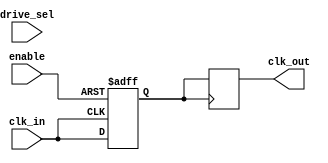
module LowPowerClockBuffer (
    input wire clk_in,           // Incoming clock signal
    input wire enable,           // Enable signal for clock gating
    input wire [1:0] drive_sel,  // Drive strength selection
    output reg clk_out           // Buffered clock output
);

// Internal signals
reg clk_buf;                   // Buffered clock signal
reg clk_gate;                  // Gated clock signal

// Drive Strength Settings (simplified example, real implementation will depend on specific technologies)
parameter DRIVE_LOW = 2'b00;
parameter DRIVE_MEDIUM = 2'b01;
parameter DRIVE_HIGH = 2'b10;

// Determine the drive strength
always @(*) begin
    case (drive_sel)
        DRIVE_LOW:  clk_out <= clk_buf;  // Low drive strength
        DRIVE_MEDIUM: begin
            // Implement some mechanism to enhance drive strength,
            // for demonstration using a buffer conditionally.
            clk_out <= clk_buf; 
        end 
        DRIVE_HIGH: begin
            // Enhance the output, e.g., with a multi-stage buffer
            clk_out <= clk_buf; 
        end
        default: clk_out <= clk_buf;
    endcase
end

// Clock gating
always @(posedge clk_in or negedge enable) begin
    if (!enable) begin
        clk_gate <= 0; // Disable clock output
    end else begin
        clk_gate <= clk_in; // Pass the clock when enabled
    end
end

// Buffering Stage
// A simple example of clock buffering
always @(posedge clk_gate) begin
    // Implementing hysteresis or simple lag based filtering
    clk_buf <= clk_gate; // Simple buffering; Actual design may require more stages
end

endmodule